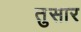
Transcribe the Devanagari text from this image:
तुसार